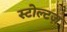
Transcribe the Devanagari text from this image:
स्टोल्टज़